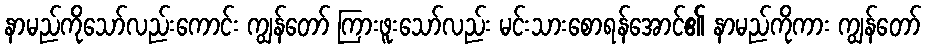
နာမည်ကိုသော်လည်းကောင်း ကျွန်တော် ကြားဖူးသော်လည်း မင်းသားစောရန်အောင်၏ နာမည်ကိုကား ကျွန်တော်